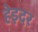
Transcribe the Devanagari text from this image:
हेइदर